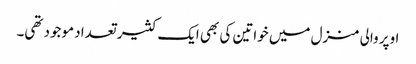
اوپر والی منزل میں خواتین کی بھی ایک کثیر تعداد موجود تھی۔